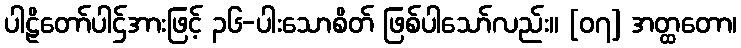
ပါဠိတော်ပါဌ်အားဖြင့် ၃၆-ပါးသောစိတ် ဖြစ်ပါသော်လည်း။ [၀၇] အတ္ထတော၊